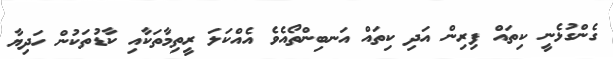
ގެންގުޅެނީ ކިތައް ފިރިން އަދި ކިތައް އަނބިންތޯއެވެ އެއްކަލަ ރީތިމާތަކާއި ކާޑުުތަކުން ހަދިޔާ